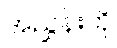
အညွှန်းကို